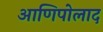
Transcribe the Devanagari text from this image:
आणिपोलाद